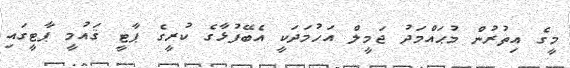
މީގެ އިތުރުން މުޙައްމަދު ޖަމީލް އަހުމަދަކީ އެބޭފުޅާގެ ކުރީގެ ޕާޓީ ޤައުމީ ޕާޓީގައި